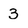
Character: 3